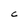
Character: C